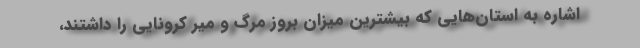
اشاره به استان‌هایی که بیشترین میزان بروز مرگ و میر کرونایی را داشتند،